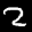
Label: 2